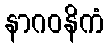
နာဂဝနိကံ